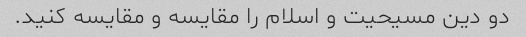
دو دین مسیحیت و اسلام را مقایسه و مقایسه کنید.